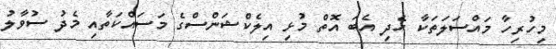
މިހުރިހާ މައްސަލަތަކާ ހެދި އެބަ އޮތް މުޅި އިލެކްޝަންސްގެ މަސައްކަތާއި މެދު ސުވާލު